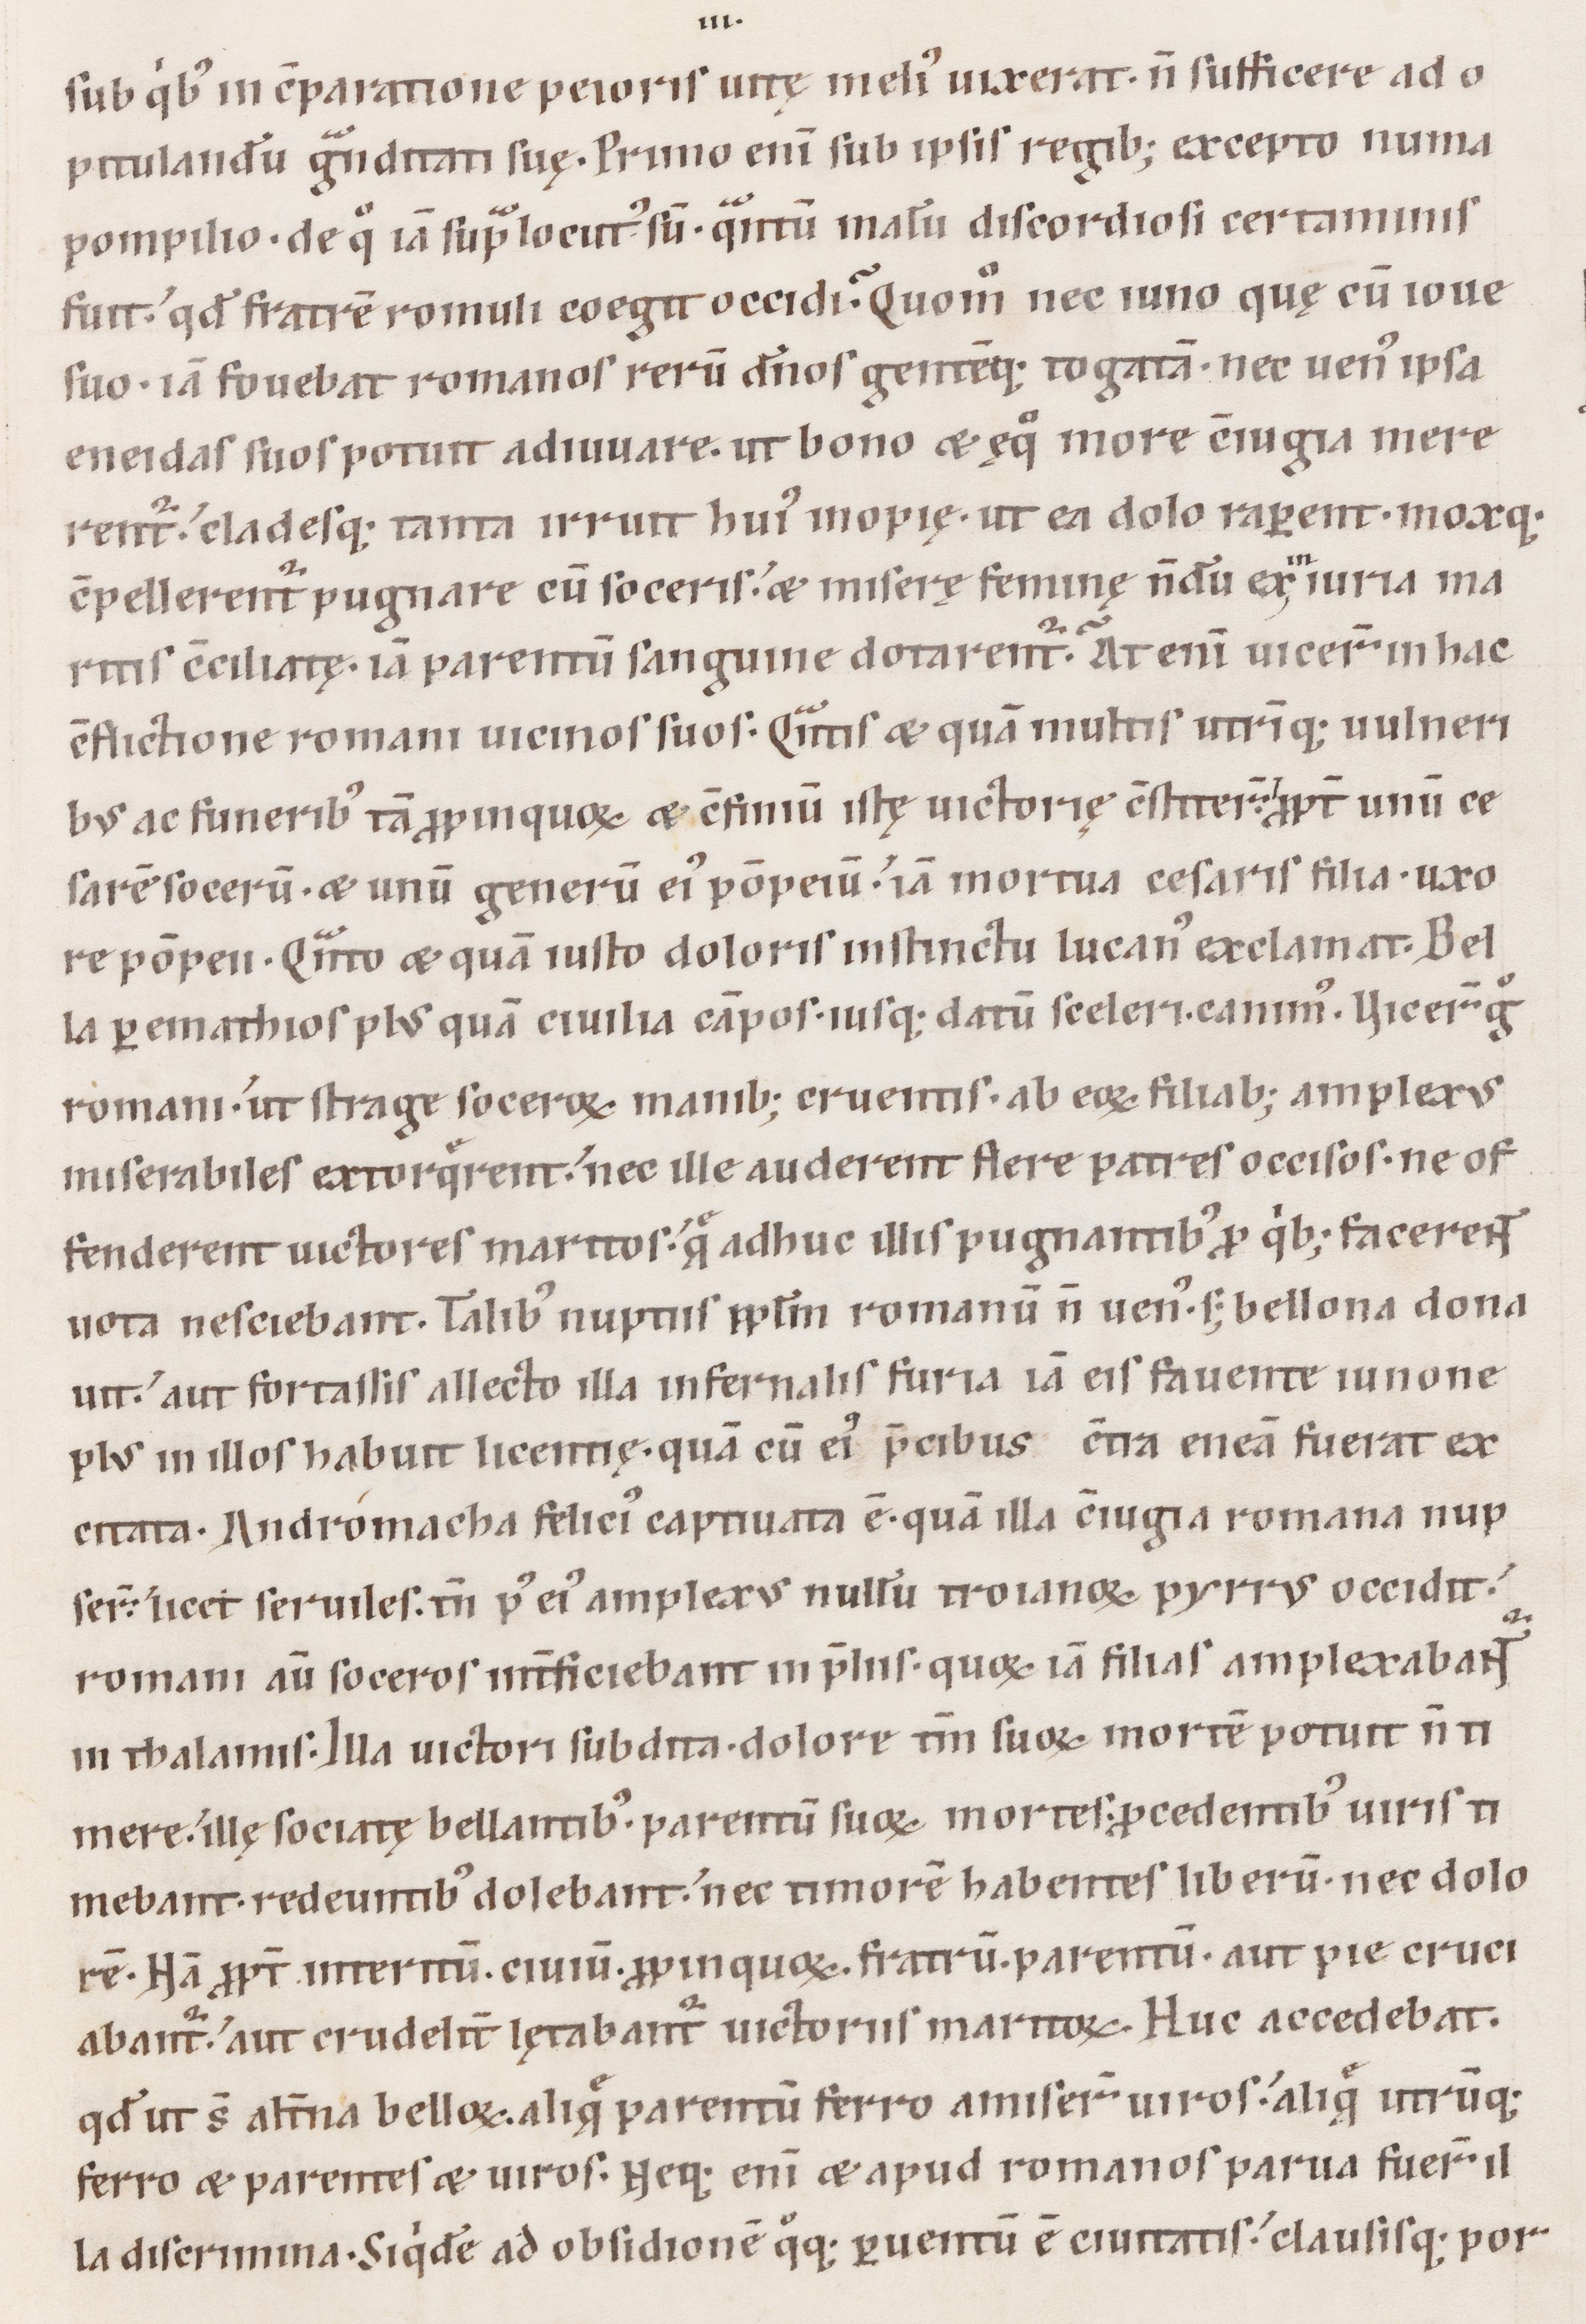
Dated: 1100–1199